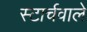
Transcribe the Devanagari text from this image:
स्टार्चवाले